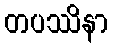
တပဿိနာ